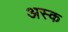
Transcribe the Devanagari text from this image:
अस्क